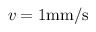
v = 1 \mathrm { { m m } / \mathrm { { s } } }